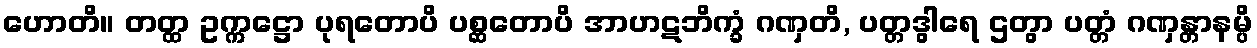
ဟောတိ။ တတ္ထ ဥက္ကဋ္ဌော ပုရတောပိ ပစ္ဆတောပိ အာဟဋဘိက္ခံ ဂဏှတိ, ပတ္တဒွါရေ ဌတွာ ပတ္တံ ဂဏှန္တာနမ္ပိ